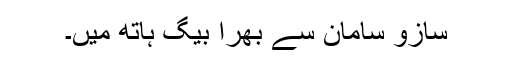
سازو سامان سے بھرا بیگ ہاتھ میں۔